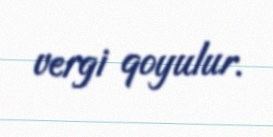
vergi qoyulur.